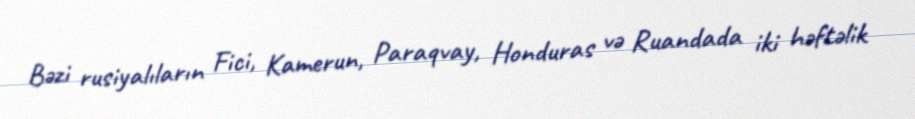
Bəzi rusiyalıların Fici, Kamerun, Paraqvay, Honduras və Ruandada iki həftəlik